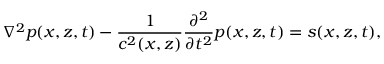
\nabla ^ { 2 } p ( x , z , t ) - \frac { 1 } { c ^ { 2 } ( x , z ) } \frac { \partial ^ { 2 } } { \partial t ^ { 2 } } p ( x , z , t ) = s ( x , z , t ) ,